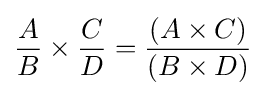
{\frac {A}{B}}\times {\frac {C}{D}}={\frac {(A\times C)}{(B\times D)}}